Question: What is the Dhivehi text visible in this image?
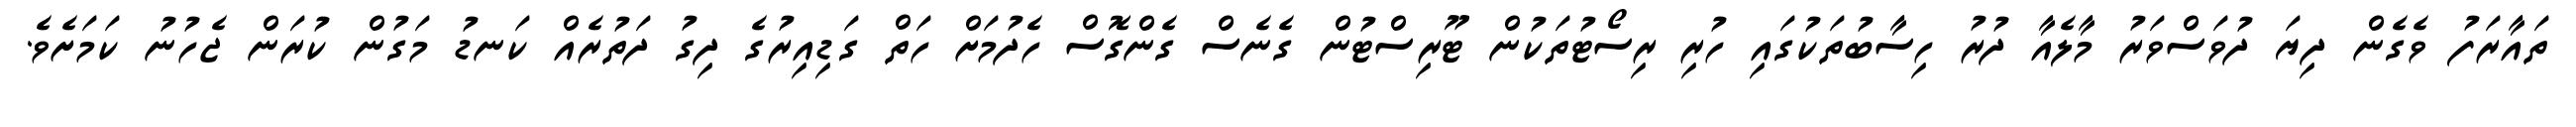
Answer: ތައާރަފު ވެގެން ދިޔަ ދުވަސްވަރު މާލެއާ ދުރު ހިސާބުތަކުގައި ހުރި ރިސޯޓުތަކުން ޓޫރިސްޓުން ގެނެސް ގެންގޮސް ހެދުމަށް ހަތް ގަޑިއިރުގެ ދިގު ދަތުރެއް ކަނޑު މަގުން ކުރަން ޖެހުނު ކަމަށެވެ.